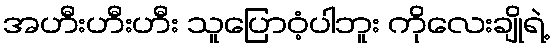
အဟီးဟီးဟီး သူပြောဝံ့ပါဘူး ကိုလေးချိုရဲ့